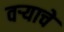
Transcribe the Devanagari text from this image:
वऱ्याचे